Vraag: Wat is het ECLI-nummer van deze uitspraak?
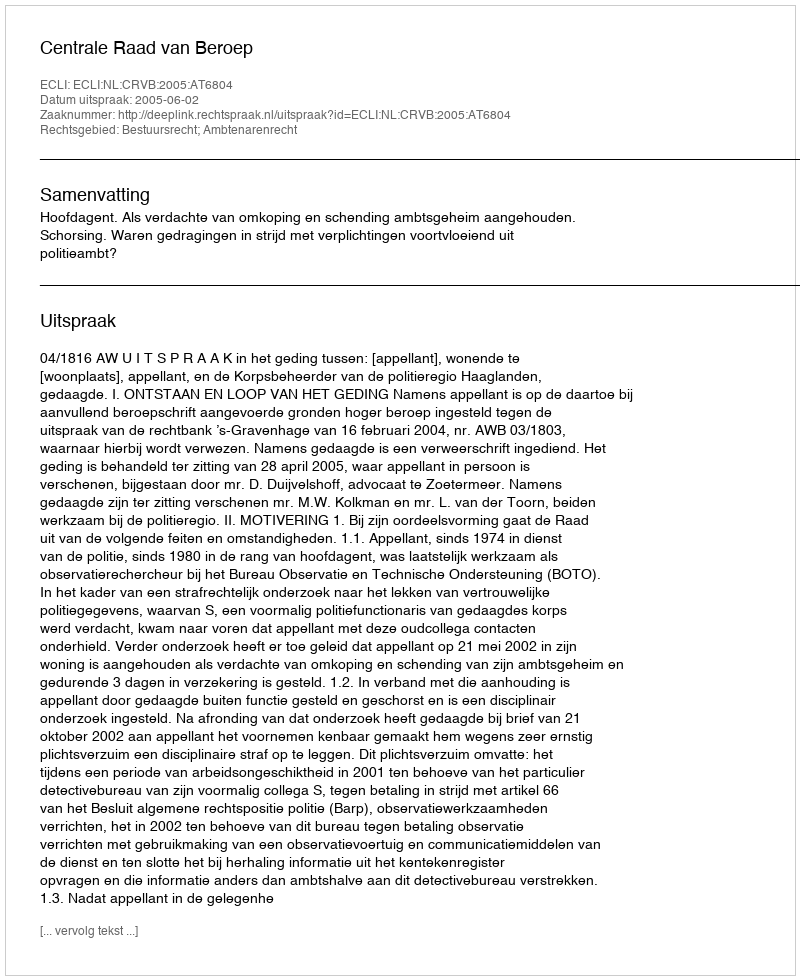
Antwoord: ECLI:NL:CRVB:2005:AT6804